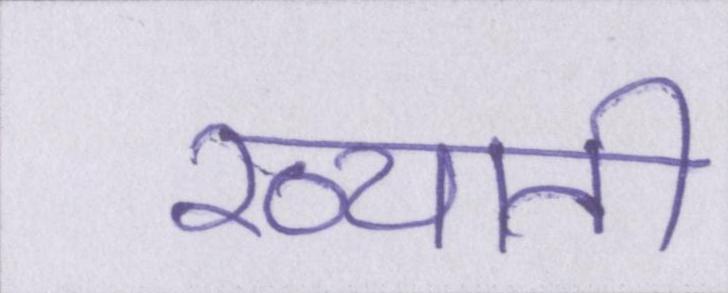
ख्याती